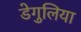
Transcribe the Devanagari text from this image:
डेगुलिया